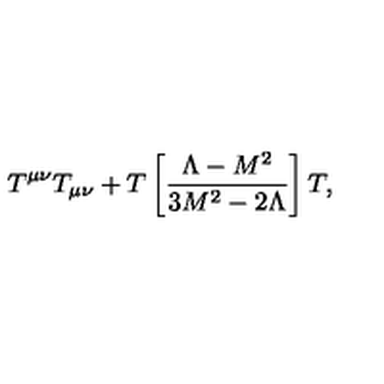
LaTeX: T ^ { \mu \nu } T _ { \mu \nu } + T \left[ \frac { \Lambda - M ^ { 2 } } { 3 M ^ { 2 } - 2 \Lambda } \right] T ,